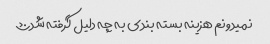
نمیدونم هزینه بسته بندی به چه دلیل گرفته شد؟؟؟